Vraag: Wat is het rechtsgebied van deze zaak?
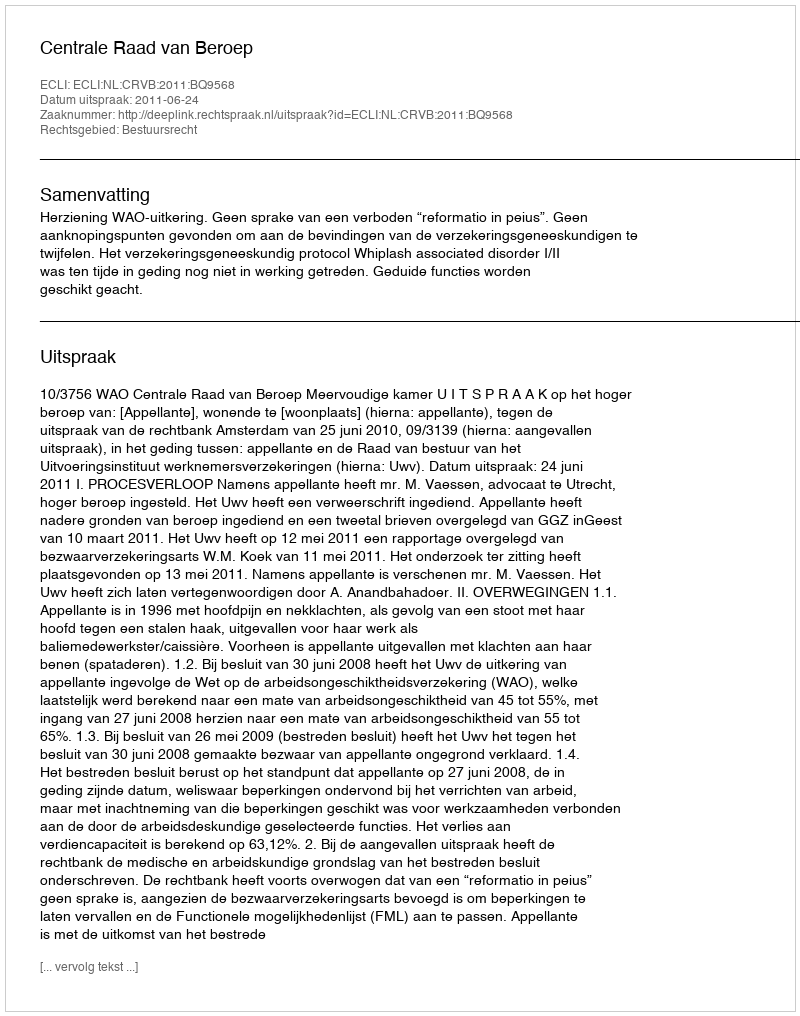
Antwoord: Bestuursrecht